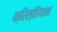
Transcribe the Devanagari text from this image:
क्रिस्तियान